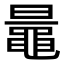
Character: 鼂